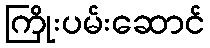
ကြိုးပမ်းဆောင်